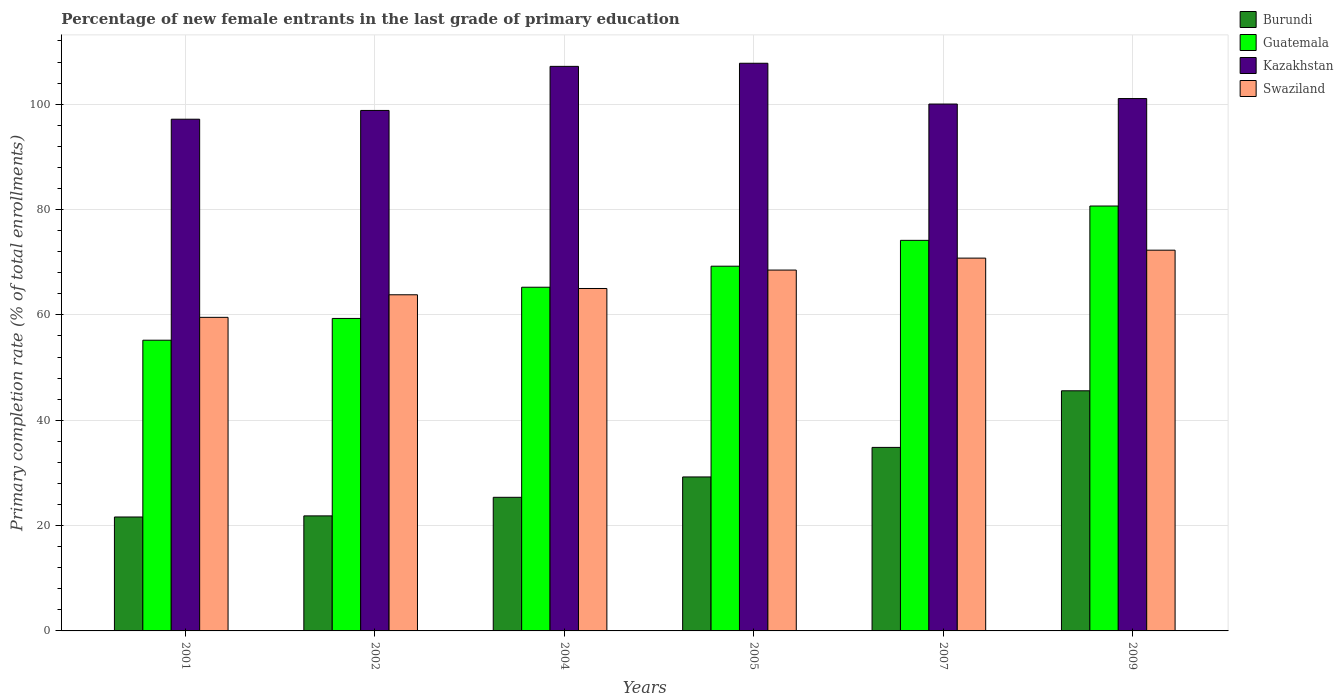
| Years | Burundi | Guatemala | Kazakhstan | Swaziland |
 | --- | --- | --- | --- | --- |
 | 2001 | 21.6 | 55.2 | 97.1 | 59.5 |
 | 2002 | 21.8 | 59.3 | 98.8 | 63.8 |
 | 2004 | 25.4 | 65.2 | 107 | 65 |
 | 2005 | 29.2 | 69.2 | 108 | 68.5 |
 | 2007 | 34.8 | 74.1 | 100 | 70.8 |
 | 2009 | 45.6 | 80.7 | 101 | 72.3 |